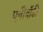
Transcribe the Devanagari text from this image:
एनीबॉडी